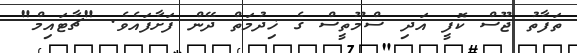
ތަފާތު ޖޫސް ކޮފީ އަދި ސްމޫތީސް ގެ ޚިދުމަތް ދޭން ފަށާފައެވެ. "ޗާޓައިމް"